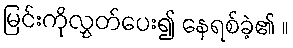
မြင်းကိုလွှတ်ပေး၍ နေရစ်ခဲ့၏ ။